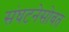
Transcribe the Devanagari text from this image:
संघटनेसोबत